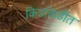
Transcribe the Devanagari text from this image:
किडकिडीत